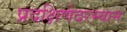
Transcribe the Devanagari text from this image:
प्रदक्षिणेदरम्यान